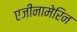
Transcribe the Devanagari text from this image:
एजीनामेरिन